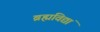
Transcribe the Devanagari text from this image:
ब्रह्मविद्यां